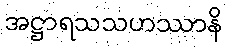
အဋ္ဌာရသသဟဿာနိ